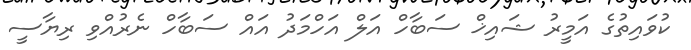
ކުވައިތުގެ އަމީރު ޝައިޚް ސަބާހް އަލް އަހްމަދު އައް ސަބާހް ނެރުއްވި ރިޔާސީ